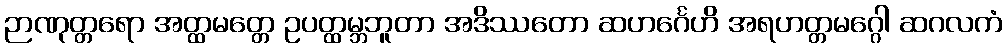
ဉာဏုတ္တရော အတ္ထမတ္တေ ဥပတ္ထမ္ဘဘူတာ အဒိဿတော ဆဟင်္ဂေဟိ အရဟတ္တမဂ္ဂေါ ဆဂလကံ